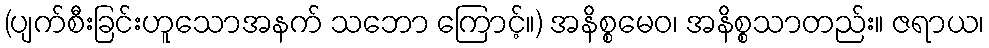
(ပျက်စီးခြင်းဟူသောအနက် သဘော ကြောင့်။) အနိစ္စမေဝ၊ အနိစ္စသာတည်း။ ဇရာယ၊